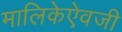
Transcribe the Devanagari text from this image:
मालिकेऐवजी